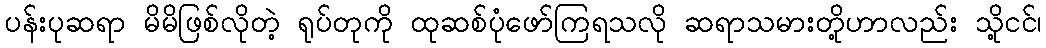
ပန်းပုဆရာ မိမိဖြစ်လိုတဲ့ ရုပ်တုကို ထုဆစ်ပုံဖော်ကြရသလို ဆရာသမားတို့ဟာလည်း သို့ငင်၊